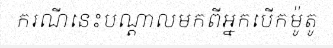
ករណីនេះបណ្តាលមកពីអ្នកបើកម៉ូតូ